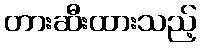
တားဆီးထားသည့်